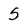
Character: 5